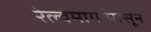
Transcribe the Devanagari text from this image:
रेल्वेमार्गापासून